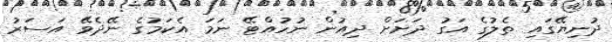
ދުނިޔޭގައި ތެލުގެ އަގު ދަށަށް ދިއުން ނުހުއްޓޭ ނަމަ އެކަމުގެ ނޭދެވޭ އަސަރު